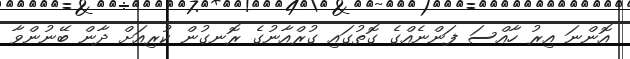
އޮންނަ އިރު ހާއްސަ ފަންނެއްގެ ގޮތުގައި ގުރްއާނުގެ ރޮނގުން ކުރިއަށް ދާން ބޭނުންވާ